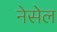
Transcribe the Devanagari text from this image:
नेसेल